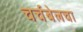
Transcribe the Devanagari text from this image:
चर्चबेलचा